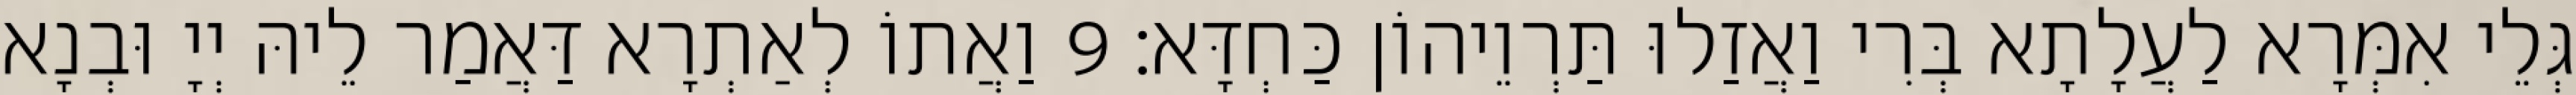
גְּלֵי אִמְּרָא לַעֲלָתָא בְּרִי וַאֲזַלוּ תַּרְוֵיהוֹן כַּחְדָּא׃ 9 וַאֲתוֹ לְאַתְרָא דַּאֲמַר לֵיהּ יְיָ וּבְנָא